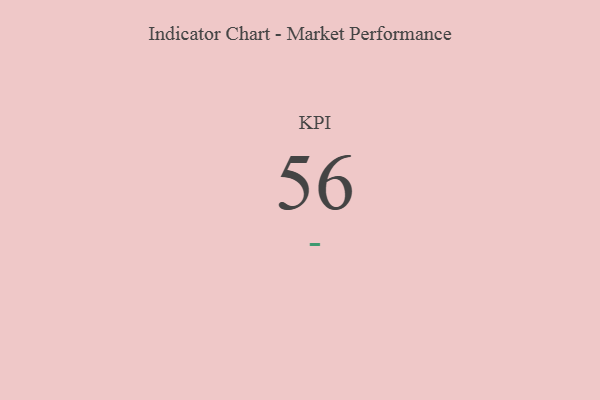
{"axis": {"x": "KPI", "y": "Value"}, "legend": [""], "data": [{"x": "KPI", "y": 56, "type": ""}]}